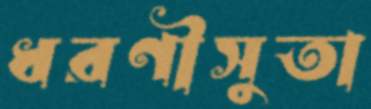
ধরণীসুতা